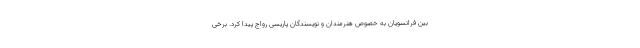
بین فرانسویان به خصوص هنرمندان و نویسندگان پاریسی رواج پیدا کرد. برخی